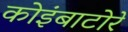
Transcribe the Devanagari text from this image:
कोइंबाटोरे